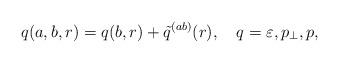
LaTeX: \begin{align*}q(a,b,r)=q(b,r)+\tilde q^{(ab)}(r),\quad q=\varepsilon ,p_\perp ,p,\end{align*}